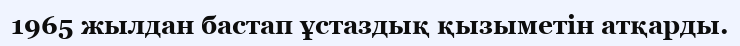
1965 жылдан бастап ұстаздық қызыметін атқарды.